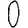
Digit: 0